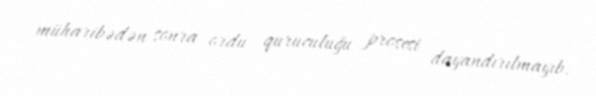
müharibədən sonra ordu quruculuğu prosesi dayandırılmayıb.